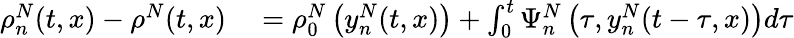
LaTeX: \begin{array}{rl}{\rho_{n}^{N}(t,x)-\rho^{N}(t,x)}&{{}=\rho_{0}^{N}\left(y_{n}^{N}(t,x)\right)+\int_{0}^{t}\Psi_{n}^{N}\left(\tau,y_{n}^{N}(t-\tau,x)\right)d\tau}\end{array}